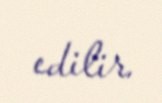
edilir.